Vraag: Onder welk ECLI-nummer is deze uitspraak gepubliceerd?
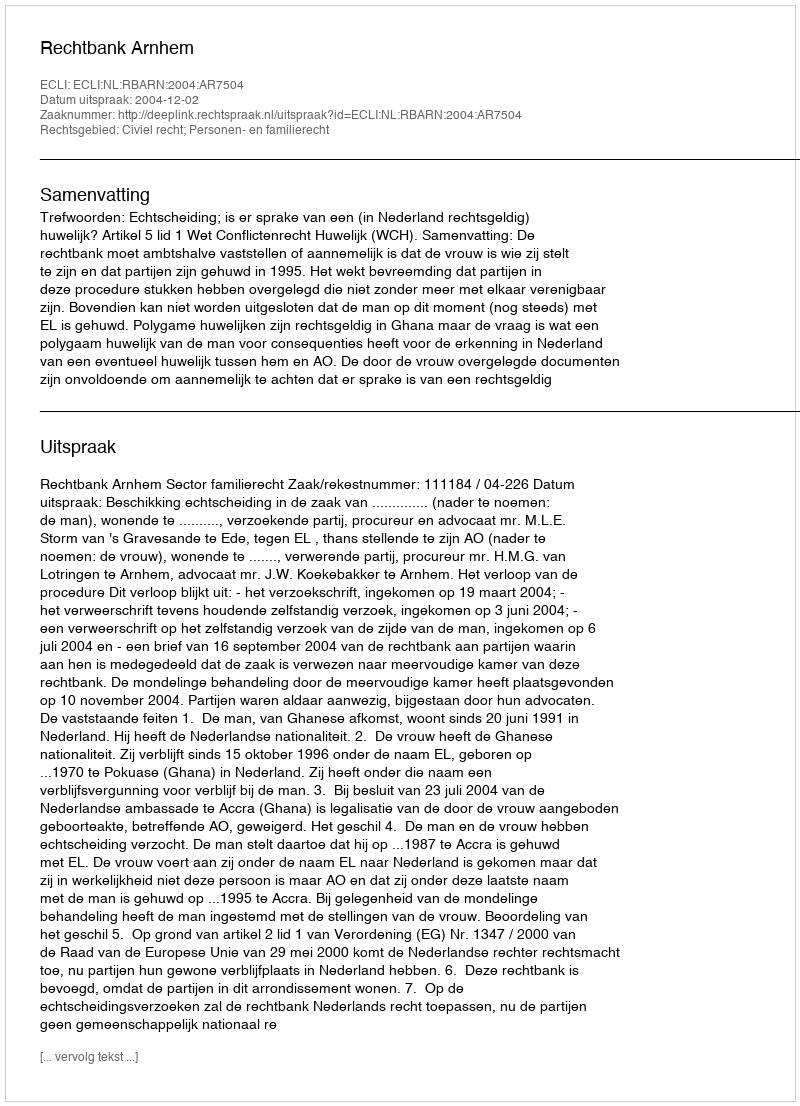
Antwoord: ECLI:NL:RBARN:2004:AR7504